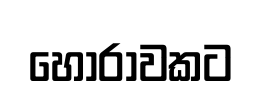
හෝරාවකට